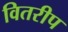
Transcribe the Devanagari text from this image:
वितरीप